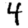
Digit: 4